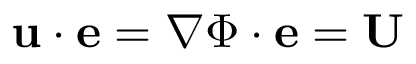
\mathbf { u } \cdot \mathbf { e } = \nabla { \Phi } \cdot \mathbf { e } = \mathbf { U }